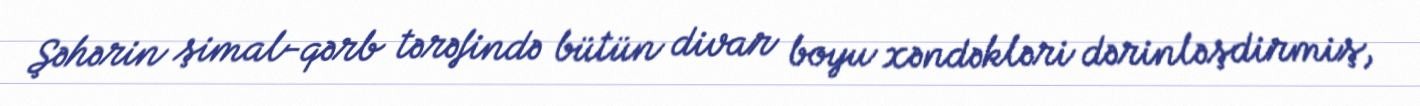
Şəhərin şimal-qərb tərəfində bütün divar boyu xəndəkləri dərinləşdirmiş,